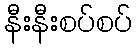
နီးနီးစပ်စပ်